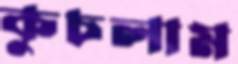
কুচলাম